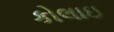
કોલાઇ